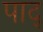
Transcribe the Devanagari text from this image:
पाद्